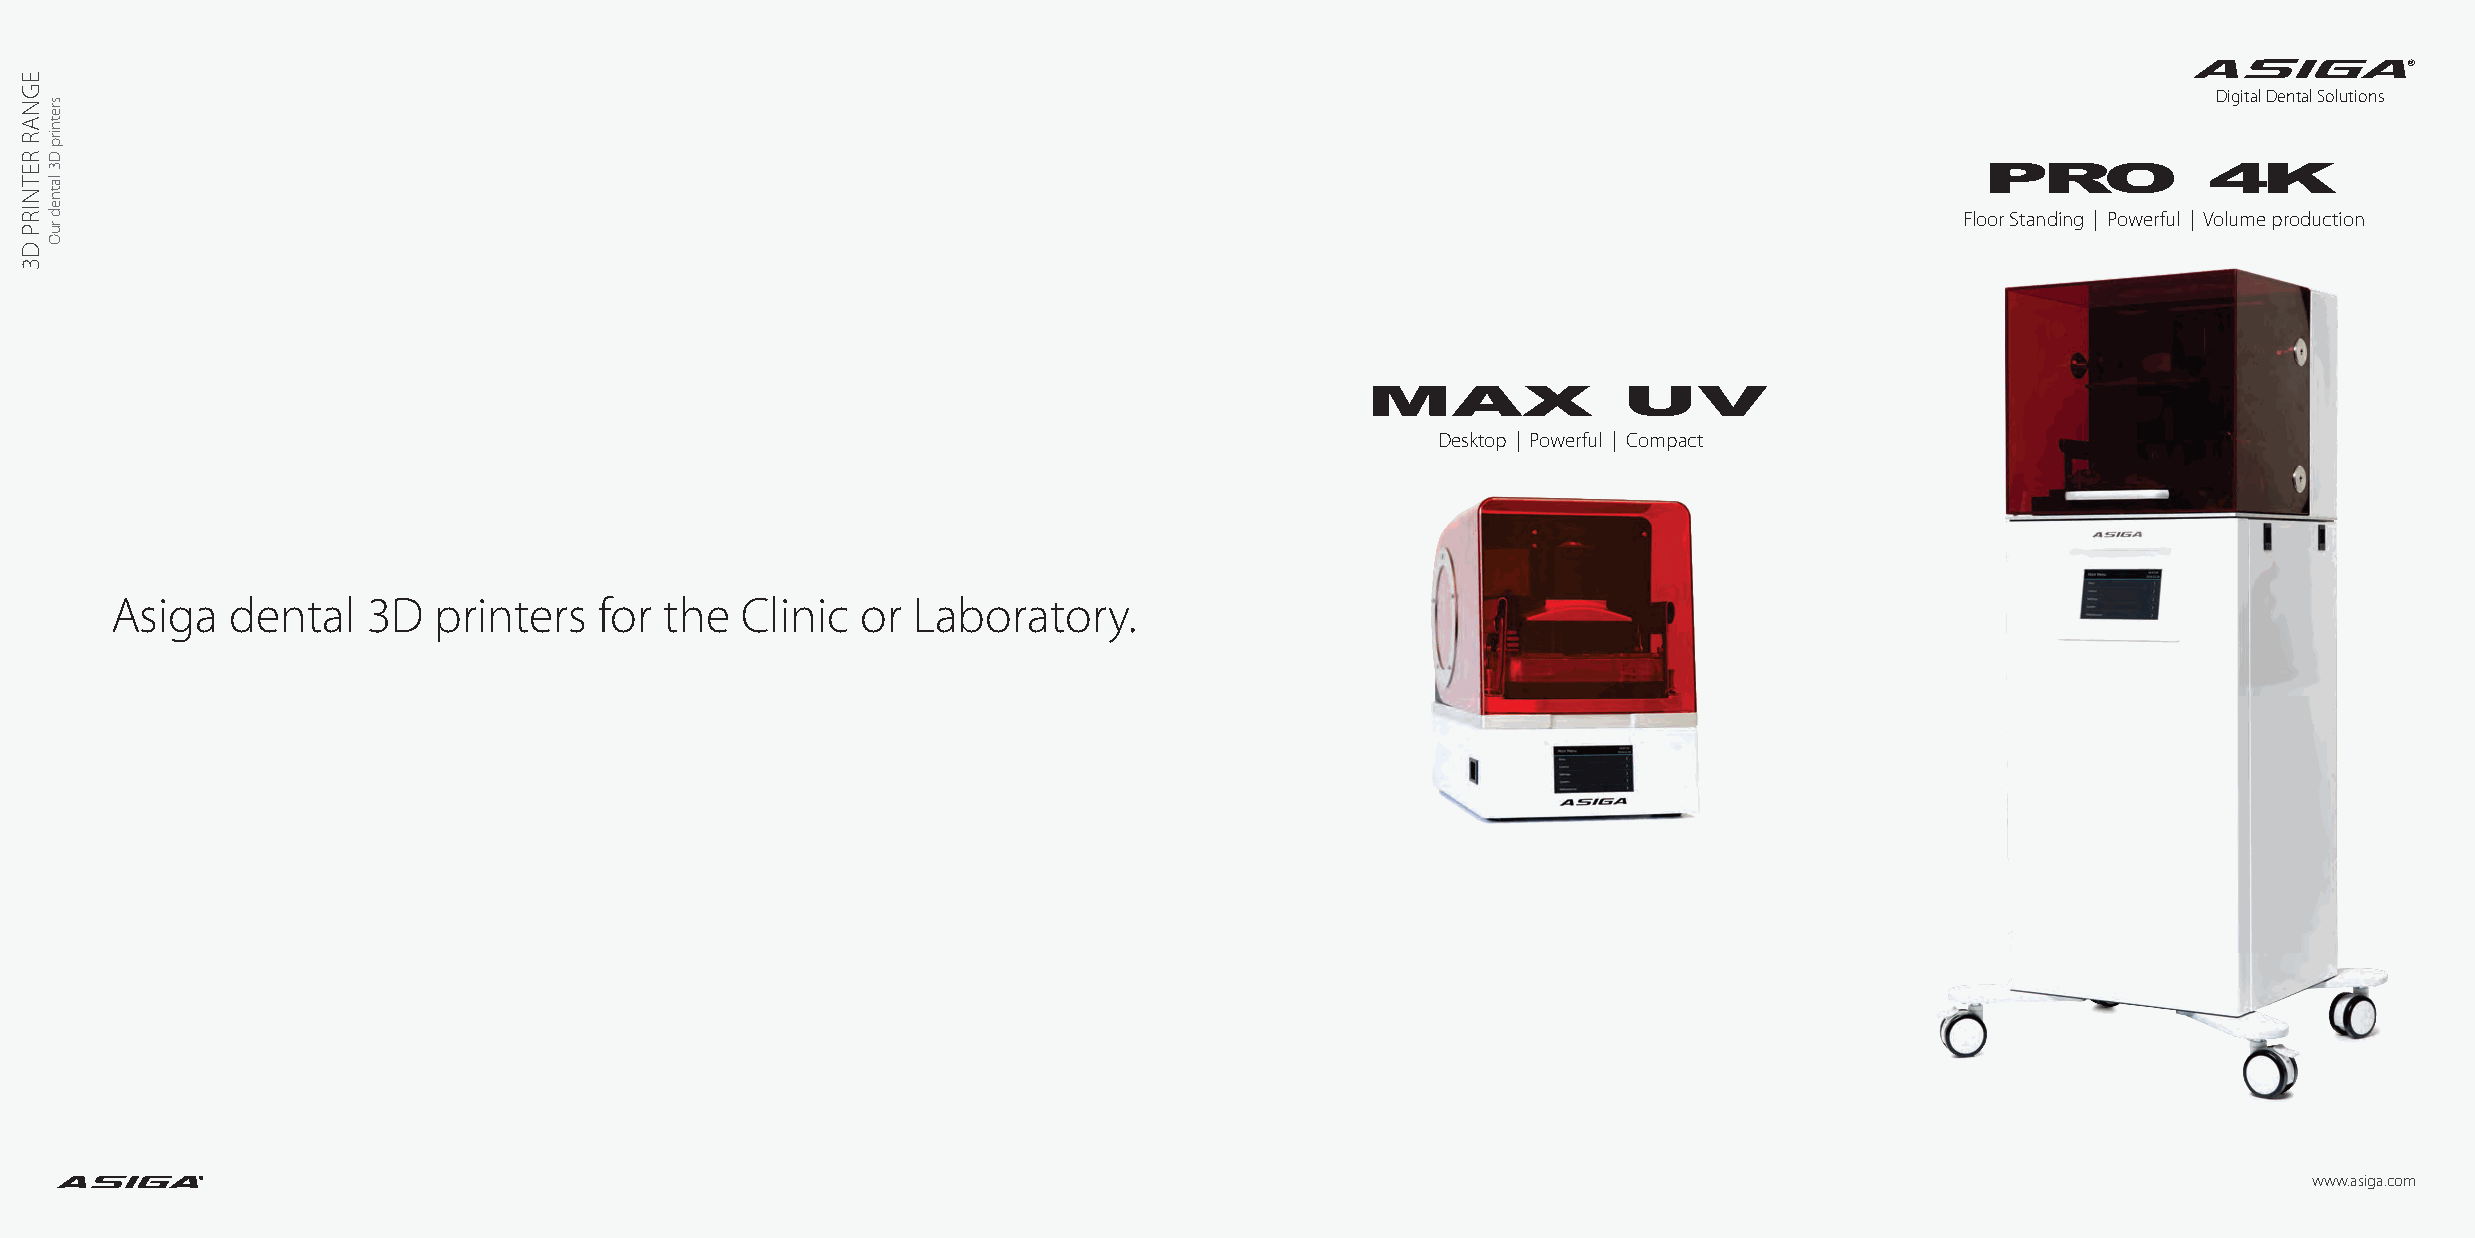
®
 Digital Dental Solutions
 PRO            4K
 Floor Standing | Powerful | Volume production
 MAX              UV
 Desktop | Powerful | Compact
 Asiga   dental   3D   printers   for the  Clinic  or Laboratory.
 ®                                                                                                                                           www.asiga.com
 EGNAR
 RETNIRP
 D3
 sretnirp
 D3
 latned
 ruO